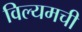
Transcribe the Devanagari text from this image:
विल्यमची